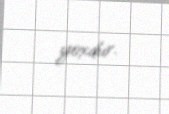
yoxdur.